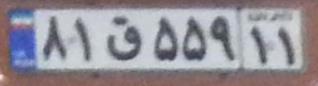
۸۱ق۵۵۹۱۱